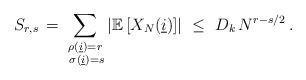
\begin{align*}S_{r,s}\,=\,\sum_{\substack{ \rho(\underline{i})= r \\ \; \sigma(\underline{i}) = s }}\left| \mathbb{E}\left[ X_N(\underline{i}) \right]\right| \ \leq \ D_k \, N^{r- s/2} \, .\end{align*}